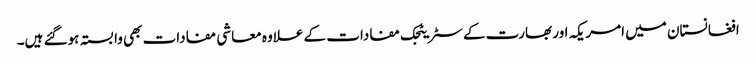
افغانستان میں امریکہ اور بھارت کے سٹریٹجک مفادات کے علاوہ معاشی مفادات بھی وابستہ ہوگئے ہیں۔